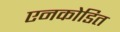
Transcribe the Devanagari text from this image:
एनकोडित